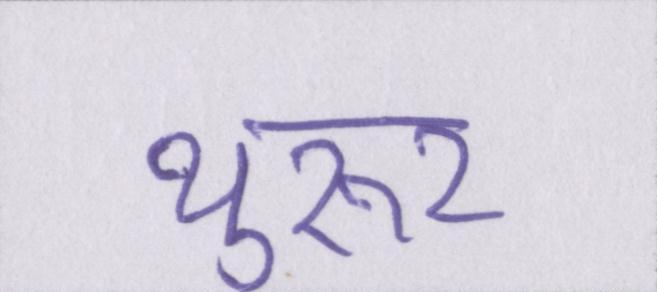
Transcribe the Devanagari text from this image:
थुरूर